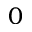
0